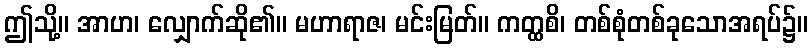
ဤသို့။ အာဟ၊ လျှောက်ဆို၏။ မဟာရာဇ၊ မင်းမြတ်။ ကတ္ထစိ၊ တစ်စုံတစ်ခုသောအရပ်၌။